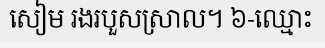
សៀម រងរបួសស្រាល។ ៦-ឈ្មោះ